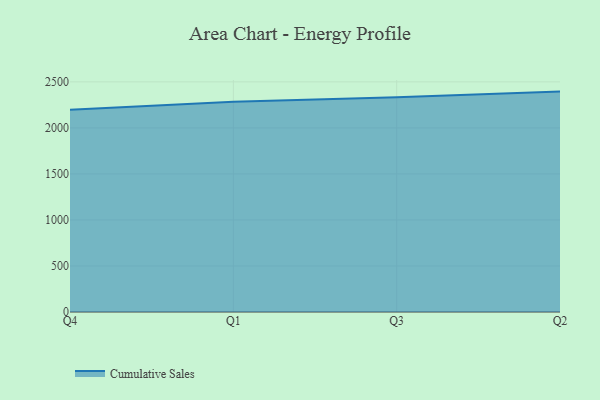
{"axis": {"x": "Quarter", "y": "Churn Rate (%)"}, "legend": ["Cumulative Sales"], "data": [{"x": "Q4", "y": 2196.4, "type": "Cumulative Sales"}, {"x": "Q1", "y": 2283.6, "type": "Cumulative Sales"}, {"x": "Q3", "y": 2333.3, "type": "Cumulative Sales"}, {"x": "Q2", "y": 2394.3, "type": "Cumulative Sales"}]}